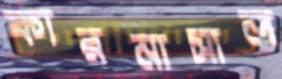
কারনাসাল